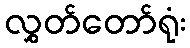
လွှတ်တော်ရုံး